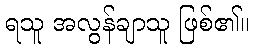
ရသူ အလွန်ချာသူ ဖြစ်၏။